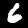
Digit: 6